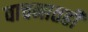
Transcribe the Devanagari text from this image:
वाचनातही